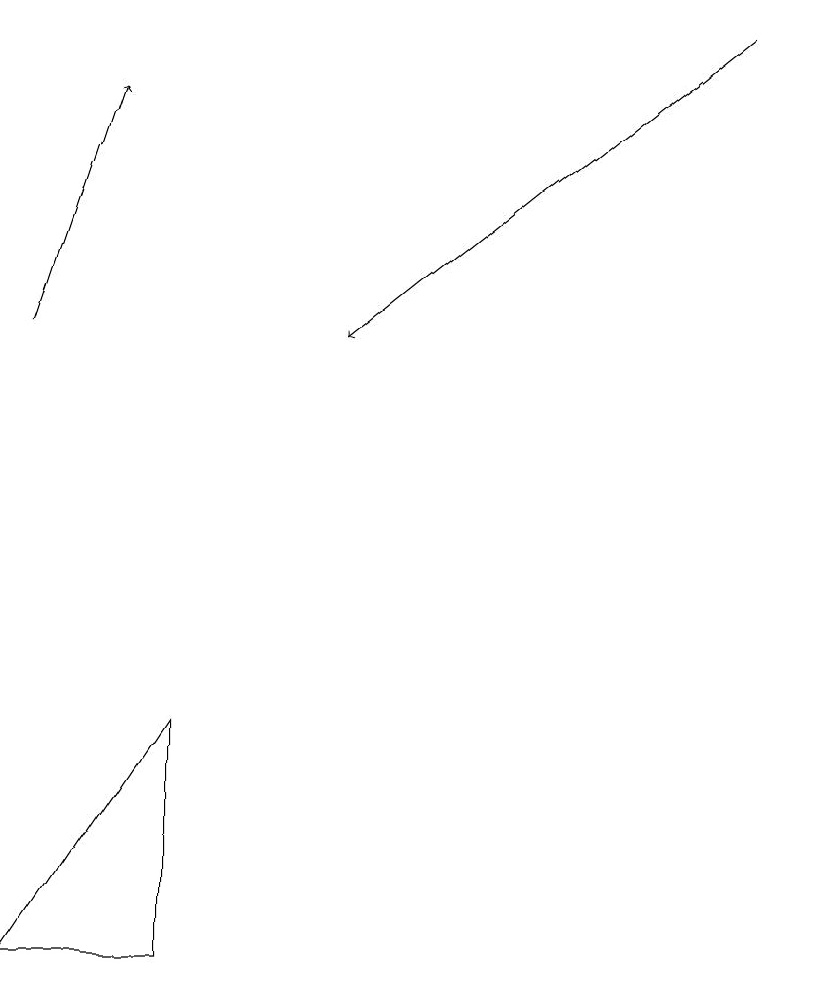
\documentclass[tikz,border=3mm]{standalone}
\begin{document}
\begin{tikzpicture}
\draw (2,9) -- (2,6) -- (0,6) -- cycle;
\draw[->] (9,18) -- (4,14);
\draw[->] (0,14) -- (1,17);
\draw (10,12) circle (0);
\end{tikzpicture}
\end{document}